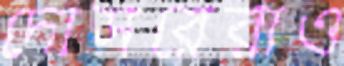
দোসরেরাও